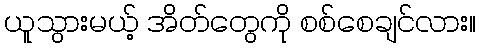
ယူသွားမယ့် အိတ်တွေကို စစ်စေချင်လား။